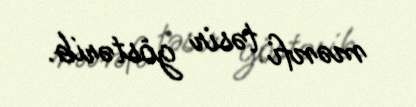
mənfi təsir göstərib.